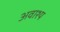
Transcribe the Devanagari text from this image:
अवाश्य